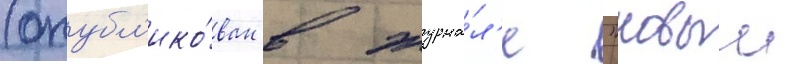
(опубл'ико́ван в журна́л'е "новыи